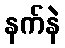
နက်နဲ